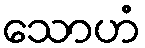
သောဟံ